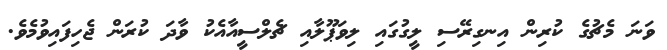
ވަނަ މެޗުގެ ކުރިން އިނގިރޭސި ލީގުގައި ލިވަޕޫލާއި ޗެލްސީއާއެކު ވާދަ ކުރަން ޖެހިފައިވުމެވެ.